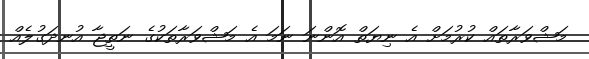
މަޝްވަރާތައް ކުރުމަށް އެ ނިޔަތް އޮންނަ ނަމަ އެ މަޝްވަރާތަކުގެ ނަތީޖާ އުނދަގުލެއް